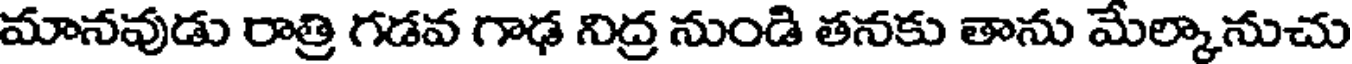
మానవుడు రాత్రి గడవ గాఢ నిద్ర నుండి తనకు తాను మేల్కానుచు